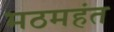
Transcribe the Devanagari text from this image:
मठमहंत